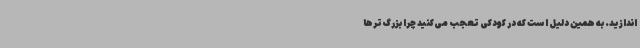
‌اندازید. به همین دلیل است که در کودکی تعجب می‌کنید چرا بزرگ‌ترها